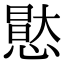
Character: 𭞘